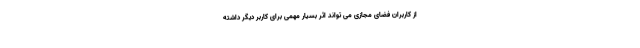
از کاربران فضای مجازی می تواند اثر بسیار مهمی برای کاربر دیگر داشته